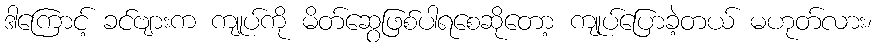
ဒါကြောင့် ခင်ဗျားက ကျုပ်ကို မိတ်ဆွေဖြစ်ပါရစေဆိုတော့ ကျုပ်ပြောခဲ့တယ် မဟုတ်လား၊